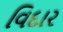
વિદાર